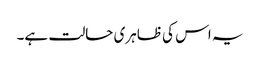
یہ اس کی ظاہری حالت ہے۔